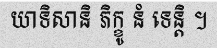
យាទិសានិ ភិក្ខូ នំ ទេន្តិ ។